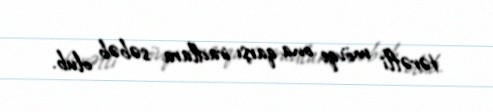
tərəfli mövqe ona qarşı iradlara səbəb olub.